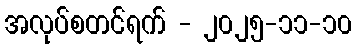
အလုပ်စတင်ရက် - ၂၀၂၅-၁၁-၁၀